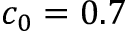
c _ { 0 } = 0 . 7